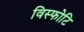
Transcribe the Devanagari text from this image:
विस्फोटि